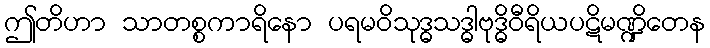
ဤတိဟာ သာတစ္စကာရိနော ပရမဝိသုဒ္ဓသဒ္ဓါဗုဒ္ဓိဝီရိယပဋိမဏ္ဍိတေန